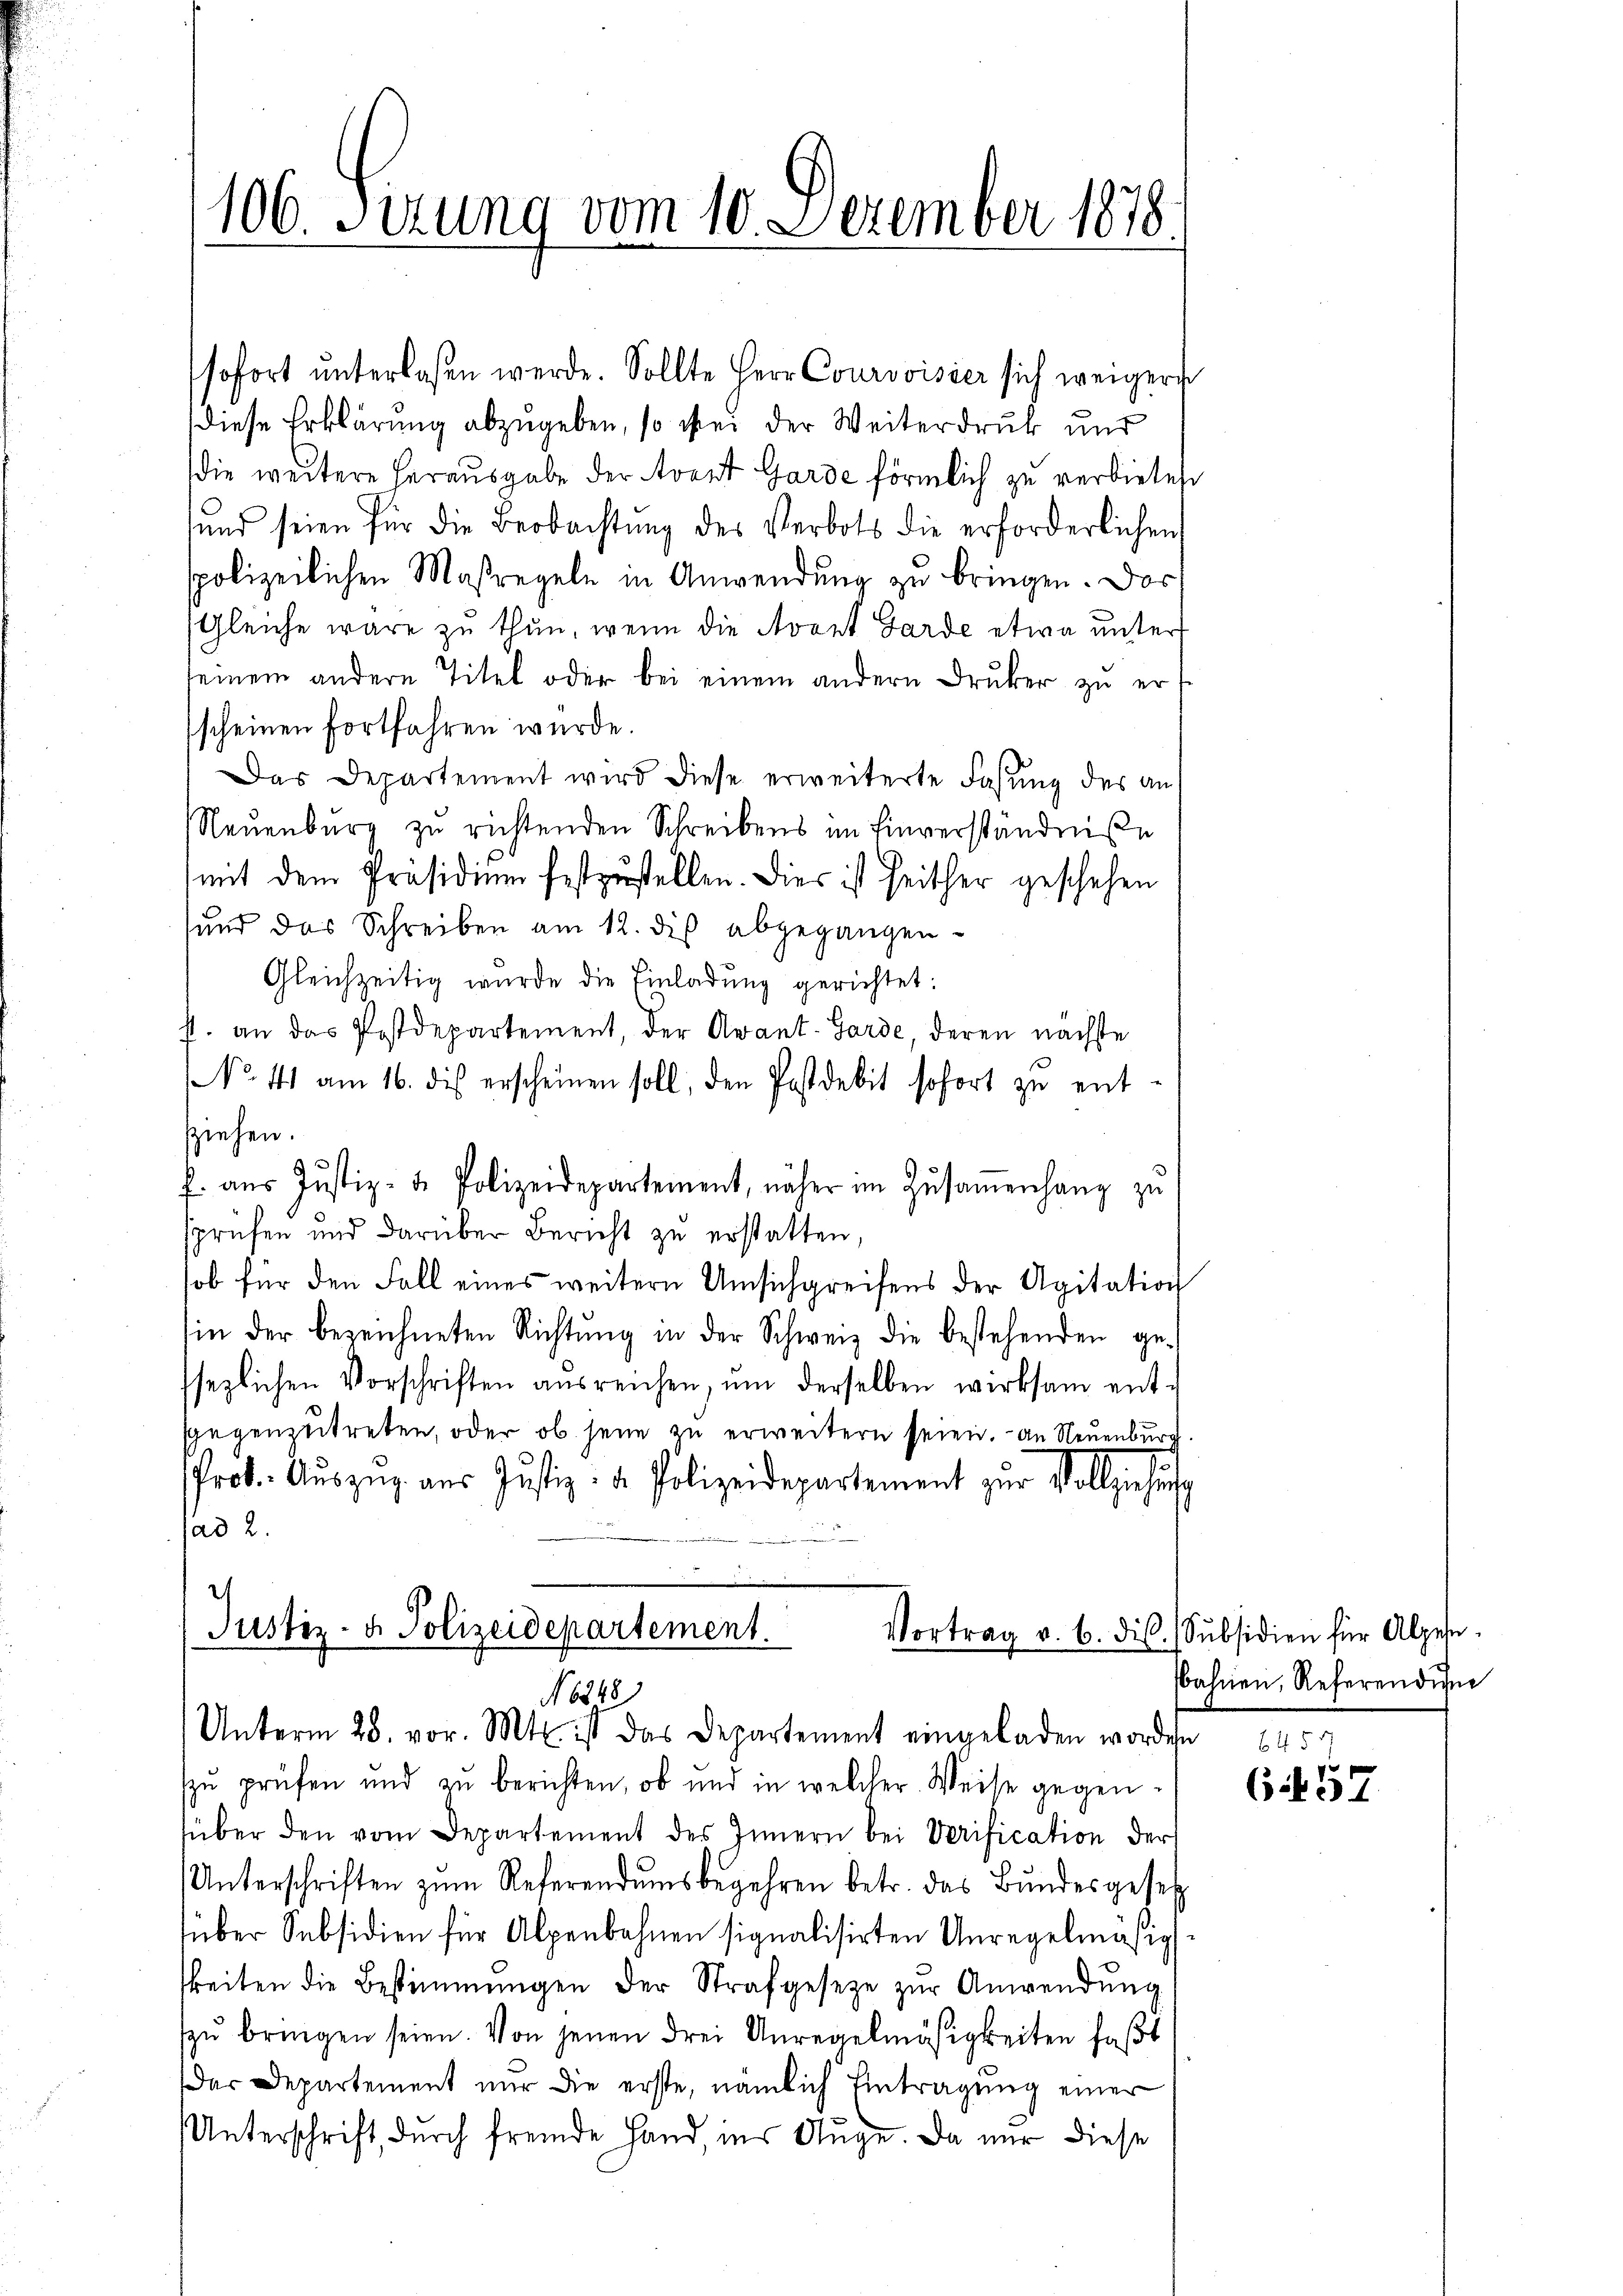
106. Sirung vom 10. Dezember 1878.

sofort unterlaßen werde. Sollte Herr Courvoisier sich weigers
diese Erklärung abzugeben, so bei der Weiterdruck und
die weitere herausgabe der Avant Garde förmlich zu verbietest
sund seien für die Beobachtŭng des Verbots die erforderlichen
spolizeilichen Maßregeln in Anwendung zu bringen. Das
(Gleiche wäre zu thun, wenn die Avant Garde etwa unter
seinem andern Titel oder bei einem andern Druker zu erscheinen fortfahren wurde.
Das Departement wird diese erweiterte Faßung des an
Neuenburg zŭ richtenden Schreibens im Einverständniße
mit dem Präsidium festzustellen. Dies ist seither geschehen
und das Schreiben am 12. des abgegangen-
Gleichzeitig wurde die Einladung gerichtet:
f. an das Postdepartement, der Avant. Garde, deren nächste
NNo. 41 am 16. des erscheinen soll, den Postdebit sofort zŭ ent-
sziehen.
f. aŭs Justiz- u. Polizeidepartement, näher im Zusammenhang zu
sprüfen und darüber Bericht zu erstatten,
sob für den Fall eines weitern Umsichgreifens der Agitation
in der bezeichneten Richtŭng in der Schweiz die bestehenden ge-
ssezlichen Vorschriften ausreichen, ŭm derselben wirksam ent-
sgegenzutreten, oder ob seine zu erweitern seien. An Neuenburg
Prot. Aŭszŭg aŭs Justiz- & Polizeidepartement zur Vollziehung
ad 2.

Justiz- & Polizeidepartement.
N 6248)
Unterm 28. vor. Mt. ist das Departement eingeladen worden 645

zŭ prüfen und zŭ berichten, ob und in welcher Weise gegen-
über den vom Departement des Innern bei Verification der
Unterschriften zŭm Referendumsbegehren betr. das Bŭndesgesetz
süber Subsidien für Alpenbahnen signalisirten Unregelmäßigs
keiten die Bestimmungen der Strafgesetze zur Anwendung
zŭ bringen seien. Von jenen drei Anregelmäsigkeiten faßt
dar Departement nur die erste, nämlich Eintragung einer
Unterschrift, durch fremde Hand ins Auge. Da nur diese

Vortrag v. 6. die Subsidien für Alpese.
bahnen, Referendium

657